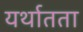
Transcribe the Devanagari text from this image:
यर्थातता